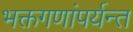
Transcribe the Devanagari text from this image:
भक्तगणांपर्यन्त